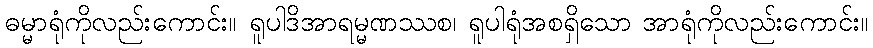
ဓမ္မာရုံကိုလည်းကောင်း။ ရူပါဒိအာရမ္မဏဿစ၊ ရူပါရုံအစရှိသော အာရုံကိုလည်းကောင်း။